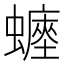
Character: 𧒐